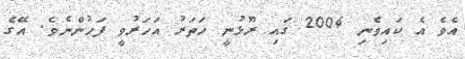
އެވެ އެ ކައިވެނި 2004 ގައި ރޫޅުނީ ހަތަރު އަހަރުވީ ފަހުންނެވެ. އޭގެ